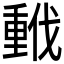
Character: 𫼂